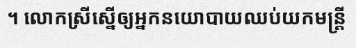
។ លោកស្រីស្នើឲ្យអ្នកនយោបាយឈប់យកមន្ត្រី